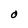
Character: O